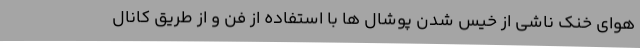
هوای خنک ناشی از خیس شدن پوشال ها با استفاده از فن و از طریق کانال